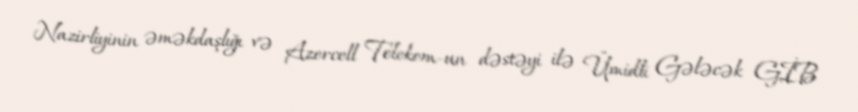
Nazirliyinin əməkdaşlığı və Azercell Telekom-un dəstəyi ilə Ümidli Gələcək GİB